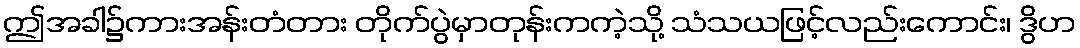
ဤအခါ၌ကားအန်းတံတား တိုက်ပွဲမှာတုန်းကကဲ့သို့ သံသယဖြင့်လည်းကောင်း၊ ဒွိဟ